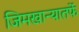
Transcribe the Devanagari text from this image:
जिमखान्यातर्फे